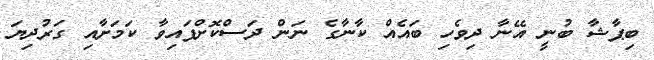
ބިޕާޝާ ބުނީ އޭނާ ދިވެހި ބައެއް ކާނާގެ ނަން ދަސްކޮށްފައިވާ ކަމަށާއި ގަރުދިޔަ